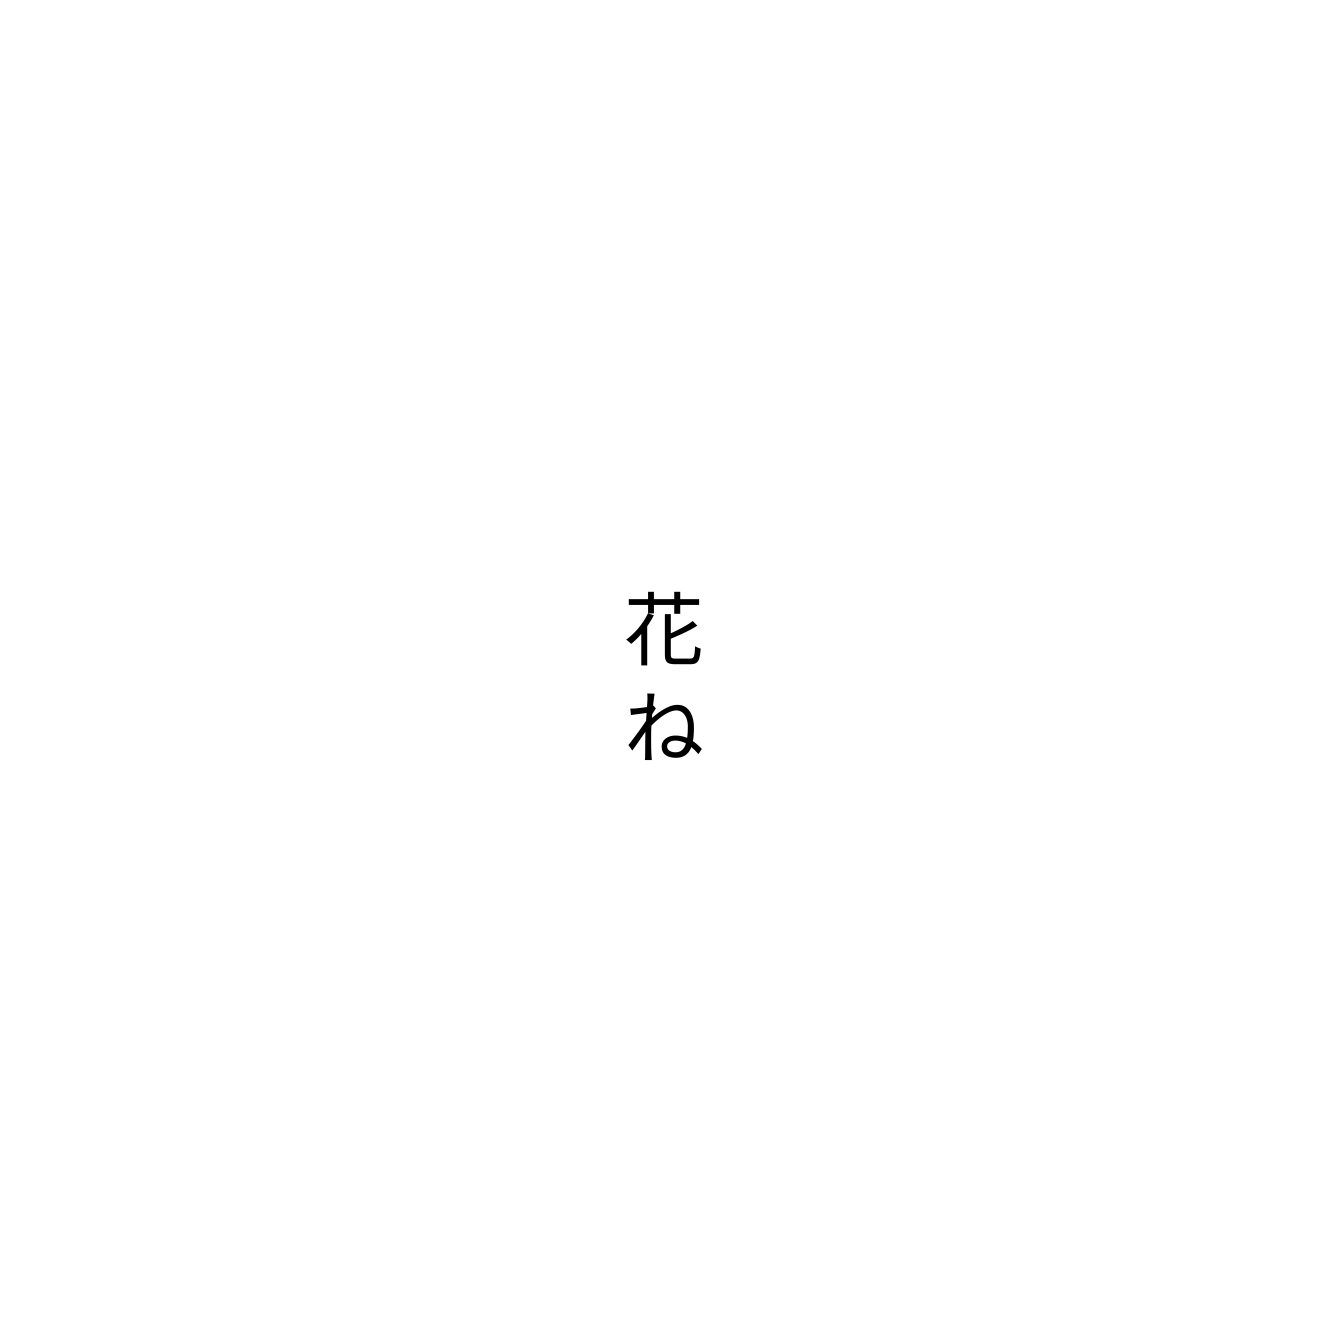
花ね